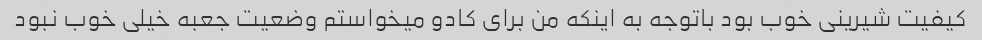
کیفیت شیرینی خوب بود باتوجه به اینکه من برای کادو میخواستم وضعیت جعبه خیلی خوب نبود